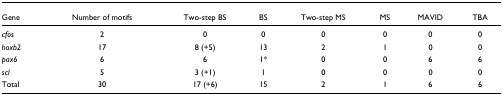
| Gene | Number of motifs | Two-step BS | BS | Two-step MS | MS | MAVID | TBA |
 | --- | --- | --- | --- | --- | --- | --- | --- |
 | cfos | 2 | 0 | 0 | 0 | 0 | 0 | 0 |
 | hoxb2 | 17 | 8 (+5) | 13 | 2 | 1 | 0 | 0 |
 | pax6 | 6 | 6 | 1* | 0 | 0 | 6 | 6 |
 | scl | 5 | 3 (+1) | 1 | 0 | 0 | 0 | 0 |
 | Total | 30 | 17 (+6) | 15 | 2 | 1 | 6 | 6 |